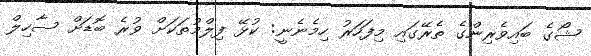
ޝޯގެ ބައިވެރިންގެ ތެރޭގައި މިފަހަރު ހިމެނެނީ: ކުޅޭ ފިލްމުތަކަށް ވުރެ ބޮޑަށް ސާހިލް